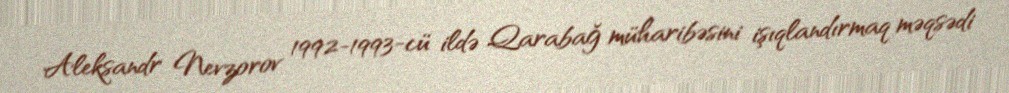
Aleksandr Nevzorov 1992-1993-cü ildə Qarabağ müharibəsini işıqlandırmaq məqsədi